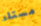
مستاء